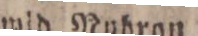
en tr. urp.